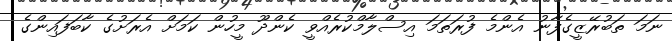
ނަމަ ތަބުރޭޒީގެފާނު އެންމެ ފުރަތަމަ އިސްލާމްކުރެއްވީ ކެންދޫ މީހުން ކަމަށް އެރަށުގެ ކާބަފައިންގެ